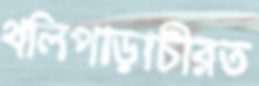
থলিপাড়াচীরত